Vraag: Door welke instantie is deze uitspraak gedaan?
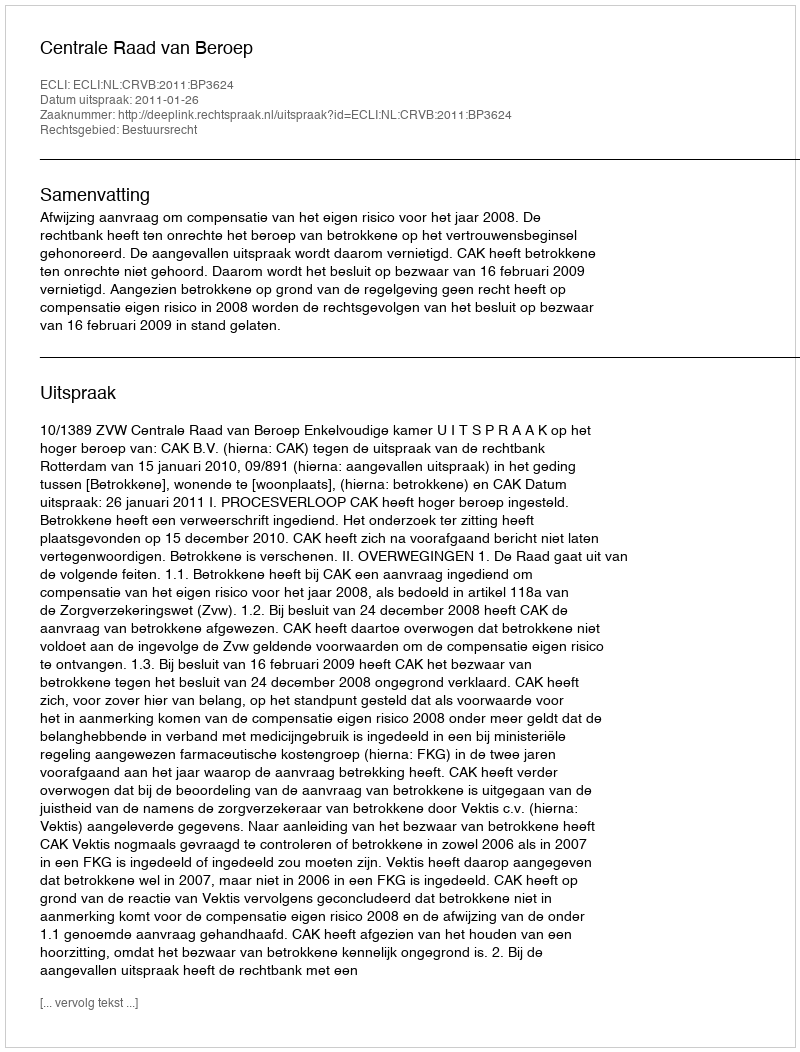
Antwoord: Centrale Raad van Beroep